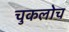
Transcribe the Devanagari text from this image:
चुकलोच